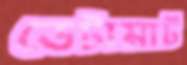
ডেটামার্ট